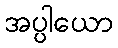
အပ္ပါယော